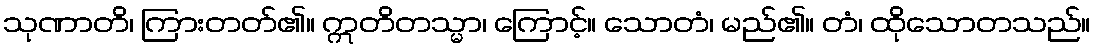
သုဏာတိ၊ ကြားတတ်၏။ ဣတိတသ္မာ၊ ကြောင့်။ သောတံ၊ မည်၏။ တံ၊ ထိုသောတသည်။